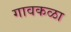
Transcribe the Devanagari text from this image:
गावकळा